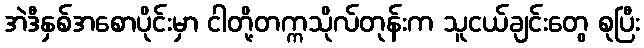
အဲဒီနှစ်အစောပိုင်းမှာ ငါတို့တက္ကသိုလ်တုန်းက သူငယ်ချင်းတွေ စုပြီး